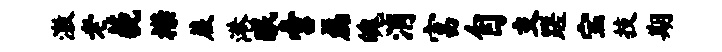
激老藐襟蕨港眠啻磊魄消富自支蹉宝技期